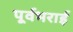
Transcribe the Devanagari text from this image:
पूर्वभराई